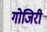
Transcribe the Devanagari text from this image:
गोजिरी